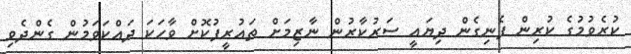
ކުރެވުމުގެ ކުރިން ފެނިގެން ދިޔައީ ސަރުކާރުން ނާޒިމަށް ތައުރީފުކޮށް ވާހަކަ ދައްކަވަމުން ގެންދެވި